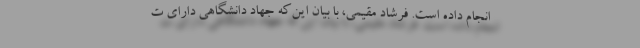
انجام داده است. فرشاد مقیمی، با بیان این‌که جهاد دانشگاهی دارای ت